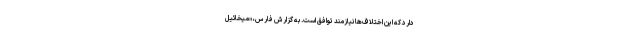
دارد که این اختلاف‌ها نیازمند توافق است. به گزارش فارس، «میخائیل